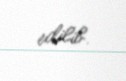
edilib.